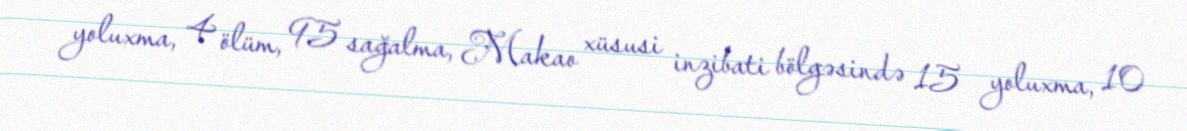
yoluxma, 4 ölüm, 95 sağalma, Makao xüsusi inzibati bölgəsində 15 yoluxma, 10